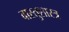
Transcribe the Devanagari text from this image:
वास्‍तुशास्‍त्र